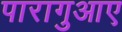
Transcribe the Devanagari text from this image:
पारागुआए